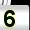
Digit: 5